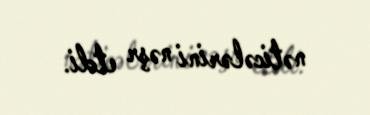
nəticələrini nəşr etdi.